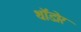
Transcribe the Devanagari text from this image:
थॉडोर